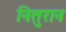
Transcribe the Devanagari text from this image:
नितुरान